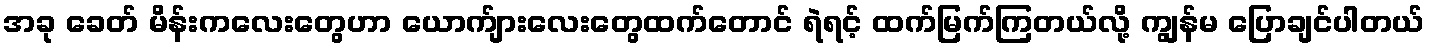
အခု ခေတ် မိန်းကလေးတွေဟာ ယောက်ျားလေးတွေထက်တောင် ရဲရင့် ထက်မြက်ကြတယ်လို့ ကျွန်မ ပြောချင်ပါတယ်